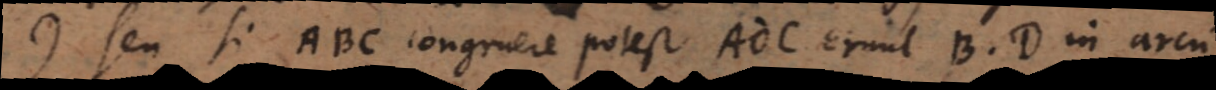
) Seu si ABC congruere potest ADC erunt B, D in arcu